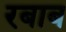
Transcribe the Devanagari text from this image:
रबाब